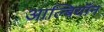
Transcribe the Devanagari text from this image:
आल्बियॉन